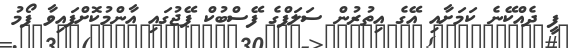
ފީ ދެއްކޭނެ ކަމަށާއި އޭގެ އިތުރުން ސަލަފްގެ ފޭސްބުކް ޕޭޖުގައި އާންމުކޮށްފައިވާ ފޯމު